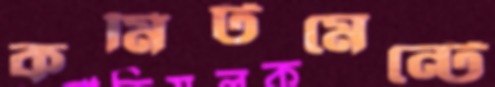
কমিটমেন্টে